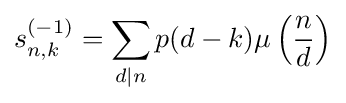
s_{n,k}^{(-1)}=\sum _{d|n}p(d-k)\mu \left({\frac {n}{d}}\right)